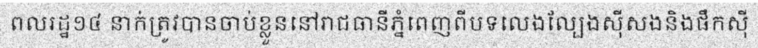
ពលរដ្ឋ១៤ នាក់ត្រូវបានចាប់ខ្លួននៅរាជធានីភ្នំពេញពីបទលេងល្បែងស៊ីសងនិងផឹកស៊ី